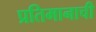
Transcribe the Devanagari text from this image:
प्रतिमानाची